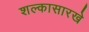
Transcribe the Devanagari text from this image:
शल्कासारखे